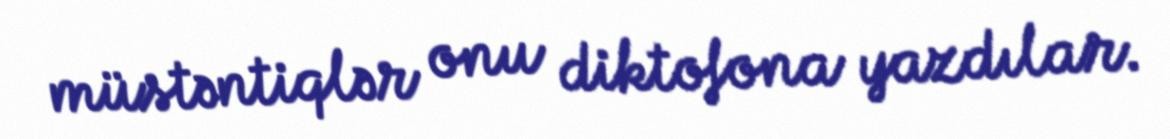
müstəntiqlər onu diktofona yazdılar.